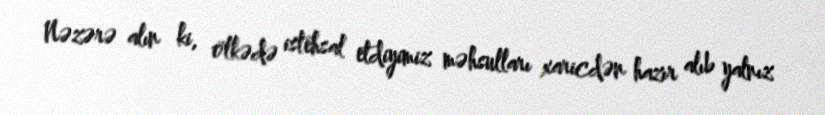
Nəzərə alın ki, ölkədə istehsal etdiyimiz məhsulları xaricdən hazır alıb yalnız